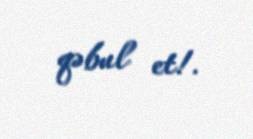
qəbul et!.